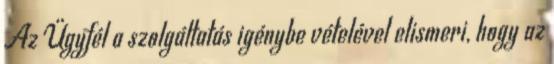
Az Ügyfél a szolgáltatás igénybe vételével elismeri, hogy az